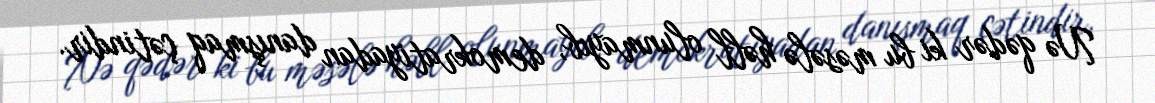
Nə qədər ki bu məsələ həll olunmayıb, demokratiyadan danışmaq çətindir.